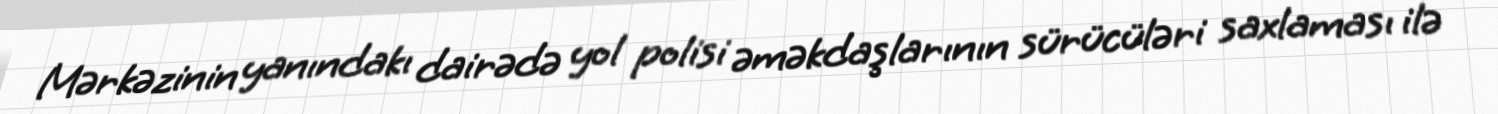
Mərkəzinin yanındakı dairədə yol polisi əməkdaşlarının sürücüləri saxlaması ilə